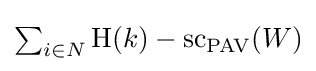
\textstyle \sum _{i\in N}\mathrm {H} (k)-\mathrm {sc} _{\mathrm {PAV} }(W)